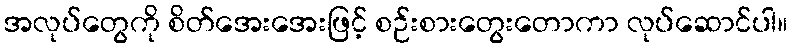
အလုပ်တွေကို စိတ်အေးအေးဖြင့် စဉ်းစားတွေးတောကာ လုပ်ဆောင်ပါ။